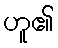
ဟူ၏